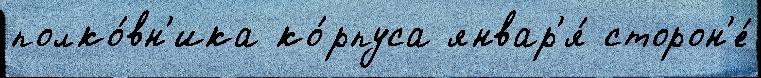
полко́вн'ика ко́рпуса январ'я́ сторон'е́